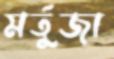
মর্তুজা